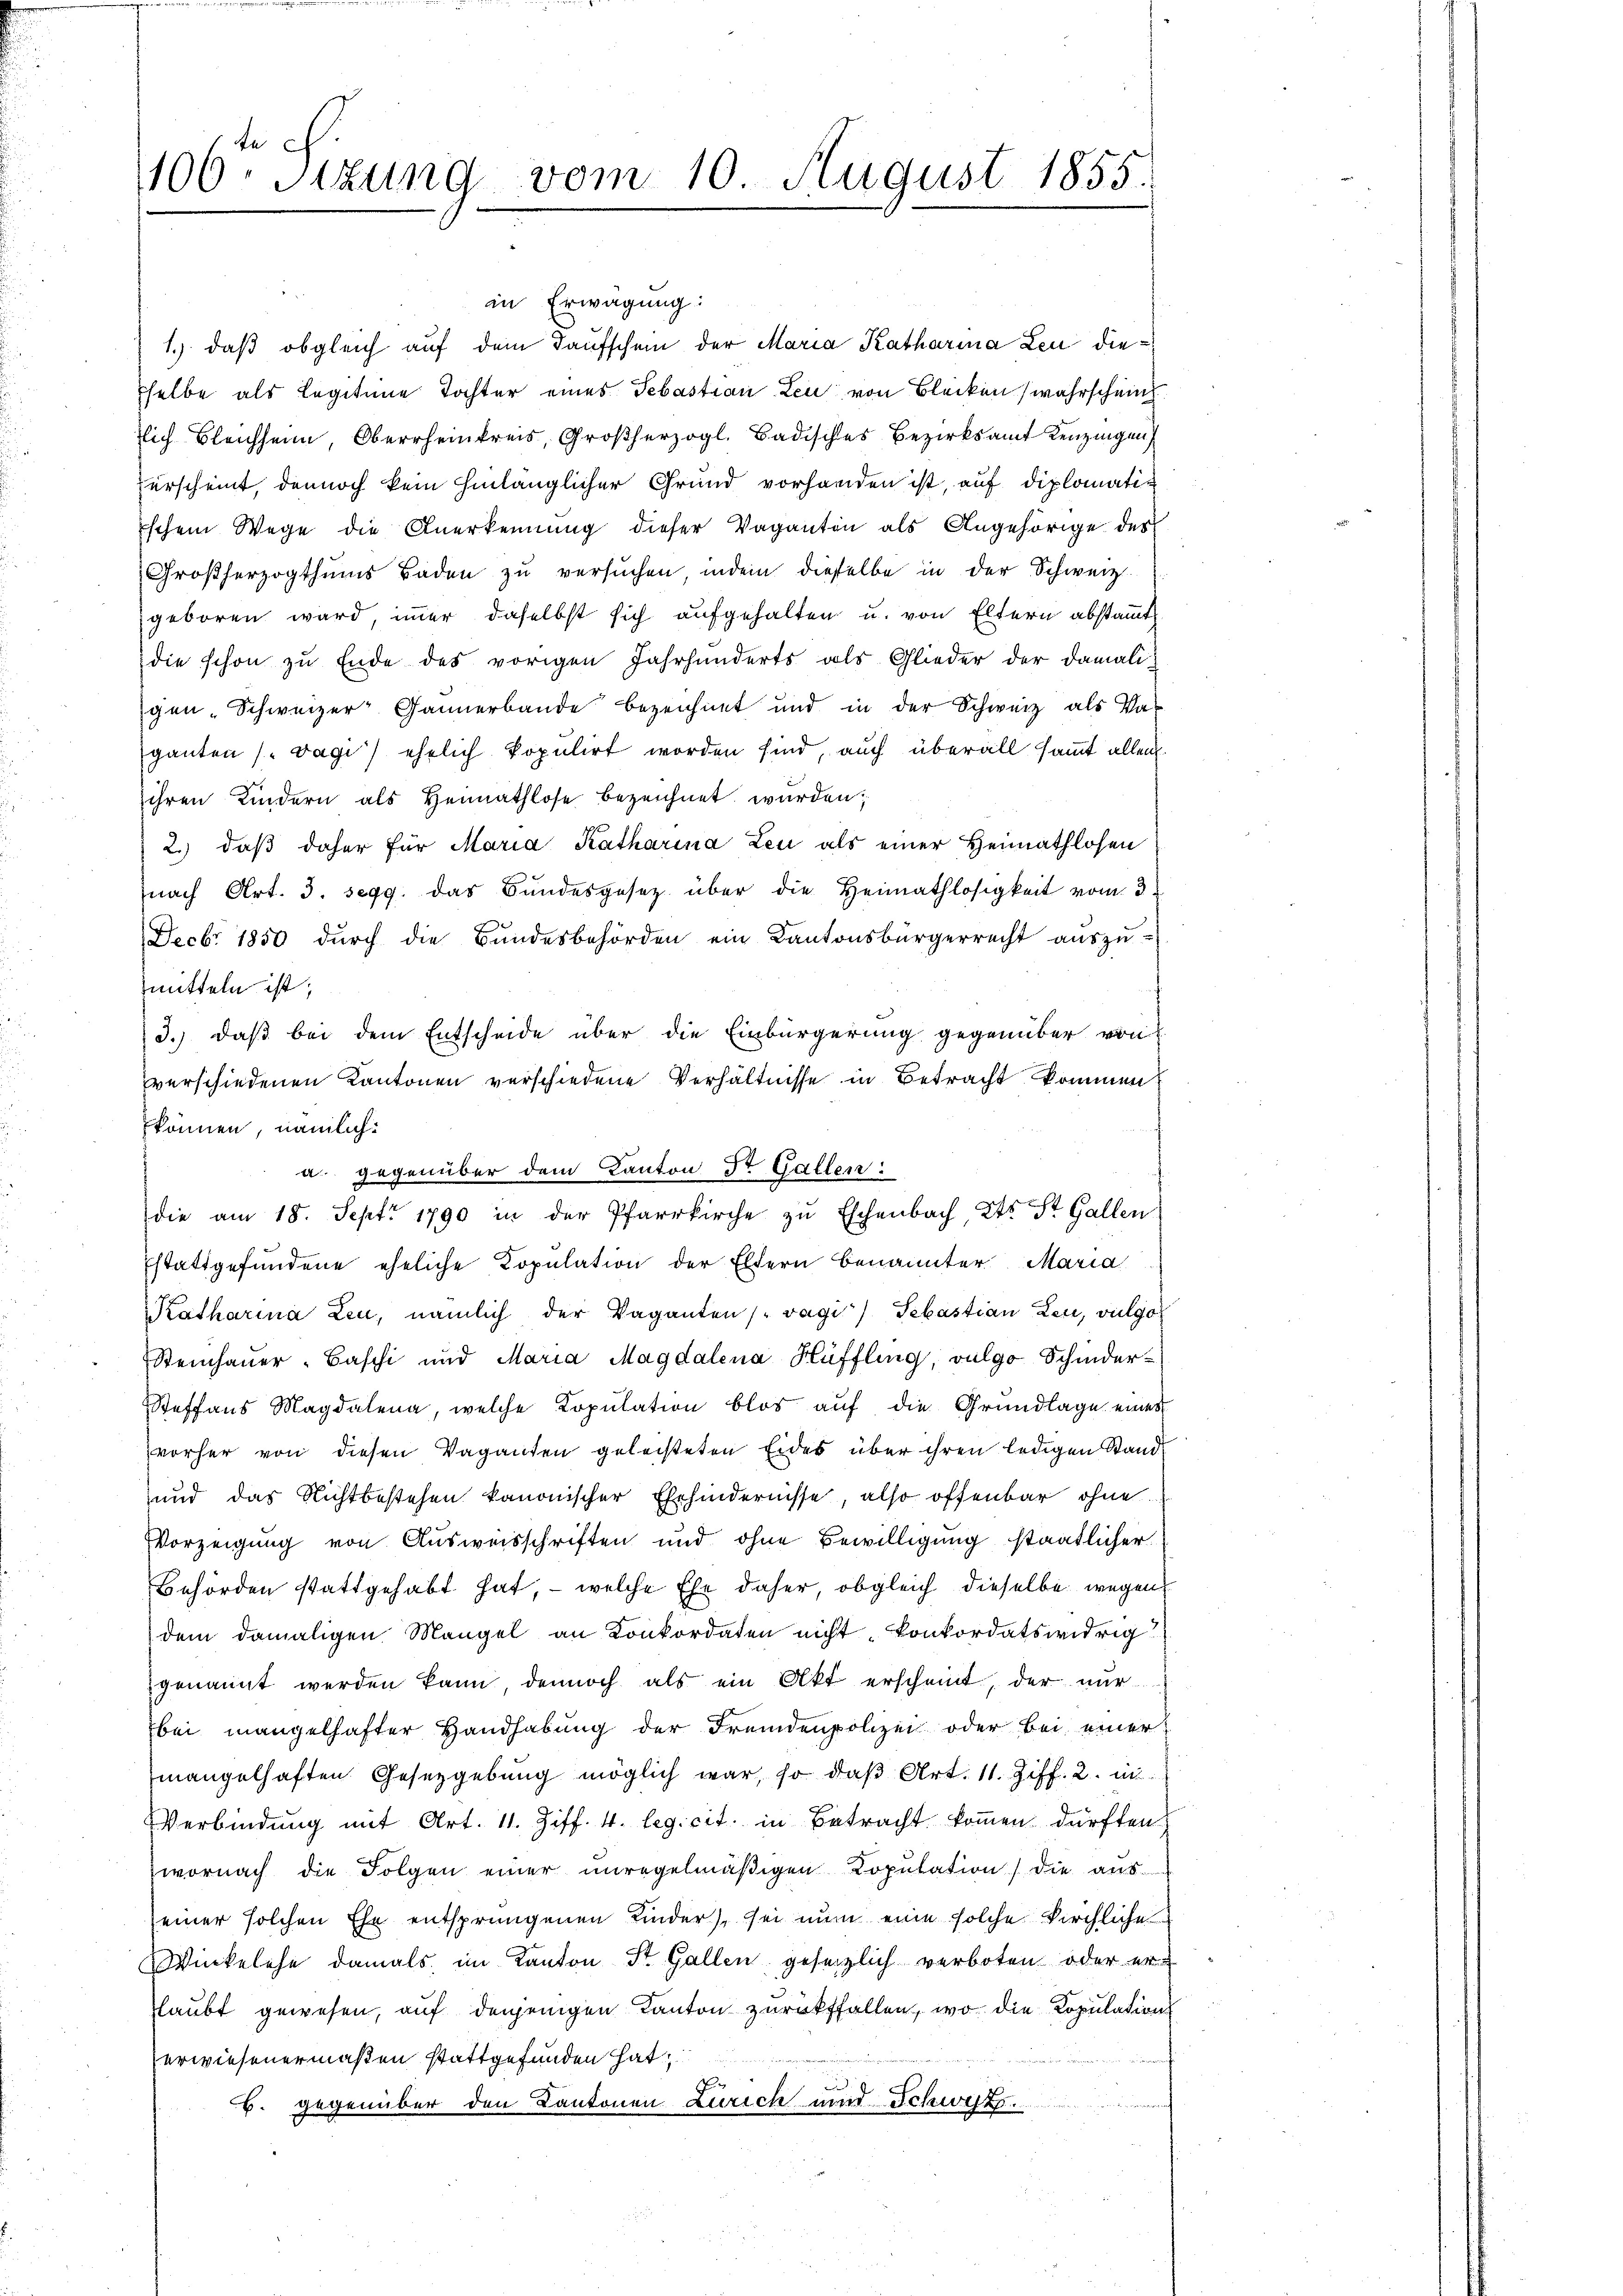
in Erwägung:
1.) daß obgleich auf dem Taufschein der Maria Katharina Leu dieselbe als Legitime Tochter eines Sebastian Leu von Blecken (wahrscheint
lich Bleichsen, Oberrheintreis, Großherzogl. Badisches Bezirksamt Kenzingen
erscheint, dennoch kein hinlänglicher Grund vorhanden ist, auf diplomatin
schem Wege die Anerkennung dieser Vaganten als Angehörige des
Großherzogthums Baden zu versuchen, indem dieselbe in der Schweiz.
geboren ward, immer daselbst sich aufgehalten u. von Eltern abstammt
die schon zu Ende des vorigen Jahrhunderts als Glieder der damaligen-Schweizer Gännerbande bezeichnet und in der Schweiz als Vaganten ( vagi) ehelich kopulirt worden sind, auch überall sammt allei
ihren Kindern als Heimathlose bezeichnet wurden;
2.) daβ daher für Maria Katharina Leu als einer Heimathlosen
nach Art. 3. segg. das Bundesgesetz über die Heimathlosigkeit vom 3.
Decbr 1850 dŭrch die Bŭndesbehörden ein Kantonsbürgerrecht aŭszŭ-
mitteln ist,
3.) daß bei dem Entscheide über die Einbürgerung gegenüber von
verschiedenen Kantonen verschiedene Verhältnisse in Betracht kommen
können, nämlich:
die am 18. Sept 1790 in der Pfarrkirche zŭ Eschenbach, Kts. St. Gallen
stattgefundene eheliche Kopulation der Eltern benannter Maria
Katharina Leu, nämlich der Vaganten (vagi) Sebastian Leu, vulgo
Steinhauer-Baschi und Maria Magdalena Hüffling, vulgo Schinder-
Steffans Magdalena, welche Kopulation blos auf die Grundlage eines
vorher von diesen Vaganten geleisteten Eides über ihren ledigen Stand
und das Nichtbestehen kanonischer Ehehindernisse, also offenbar ohne
Vorzeigung von Ausweisschriften und ohne Bewilligung staatlicher
Behörden stattgehabt hat, – welche Ehe daher, obgleich dieselbe wegen
dem damaligen Mangel an Konkordaten nicht konkordatswidrig
genannt werden kann dennoch als ein Akt erscheint, der nur
bei mangelhafter Handhabung der Fremdenpolizei oder bei einer
mangelhaften Gesetzgebung möglich war, so daß Art. 11. Ziff. 2. in
Verbindung mit Art. 11. Ziff. 4. legi cit. in Betracht kommen dürften.
wornach die Folgen einer unregelmäβigen Copŭlation) die aus-
einer solchen Ehe entsprungenen Kinder), sei nun eine solche Kirchliche
Winkelche damals, im Kanton St. Gallen gesezlich verboten oder er
laubt gewesen, auf denjenigen Kanton zurücksfallen, wo die Kopulation
erwiesenermaßen stattgefunden hat,
B. gegenüber den Kantonen Zürich und Schwyz.

100 sizung vom 10. August 1855.

u. gegenüber dem Kanton Dr. Gallen: